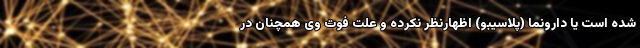
شده است یا دارونما (پلاسیبو) اظهارنظر نکرده و علت فوت وی همچنان در